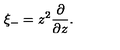
\xi _ { - } = z ^ { 2 } \frac { \partial } { \partial z } .